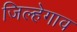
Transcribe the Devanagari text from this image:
जिल्हेगाव